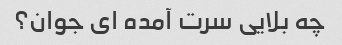
چه بلایی سرت آمده ای جوان؟